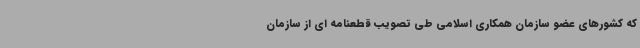
که کشورهای عضو سازمان همکاری اسلامی طی تصویب قطعنامه ای از سازمان